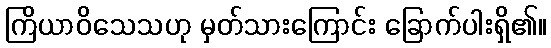
ကြိယာဝိသေသဟု မှတ်သားကြောင်း ခြောက်ပါးရှိ၏။